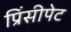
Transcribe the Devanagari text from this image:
प्रिंसीपेट